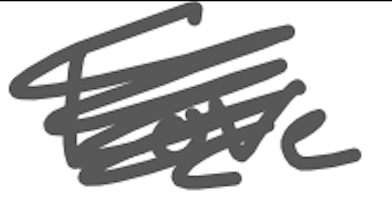
Text: Love
Cross-out: scratch
Writing tool: digital_gray